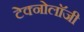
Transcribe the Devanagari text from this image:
टेक्नोलाॅजी